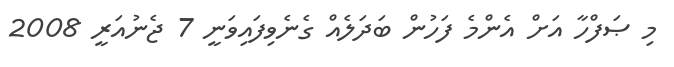
މި ޞަފްހާ އަށް އެންމެ ފަހުން ބަދަލެއް ގެނެވިފައިވަނީ 7 ޖެނުއަރީ 2008